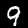
Label: 9